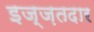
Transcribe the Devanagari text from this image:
इज्ज़तदार